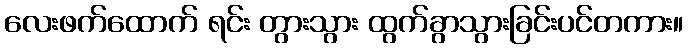
လေးဖက်ထောက် ရင်း တွားသွား ထွက်ခွာသွားခြင်းပင်တကား။